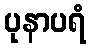
ပုနာပရံ